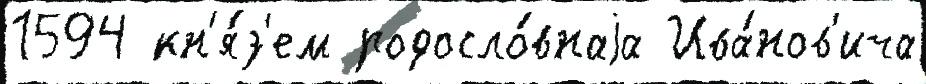
1594 кн'я́з'ем родосло́внаjа Ива́нов'ича